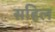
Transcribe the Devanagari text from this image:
सहिल